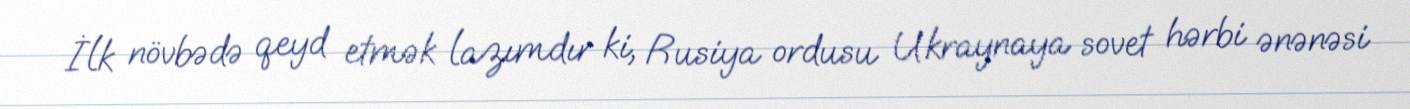
İlk növbədə qeyd etmək lazımdır ki, Rusiya ordusu Ukraynaya sovet hərbi ənənəsi